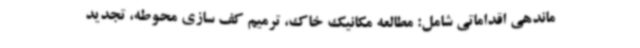
ماندهی اقداماتی شامل: مطالعه مکانیک خاک، ترمیم کف سازی محوطه، تجدید